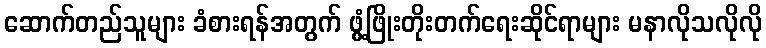
ဆောက်တည်သူများ ခံစားရန်အတွက် ဖွံ့ဖြိုးတိုးတက်ရေးဆိုင်ရာများ မနာလိုသလိုလို